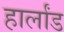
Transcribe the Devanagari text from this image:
हार्लांड